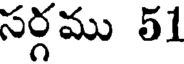
సర్గము 51